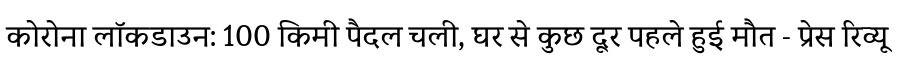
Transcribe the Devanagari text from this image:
कोरोना लॉकडाउन: 100 किमी पैदल चली, घर से कुछ दूर पहले हुई मौत - प्रेस रिव्यू